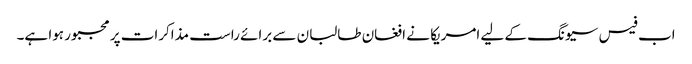
اب فیس سیونگ کے لیے امریکا نے افغان طالبان سے برائے راست مذاکرات پر مجبور ہوا ہے۔